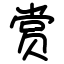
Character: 赏